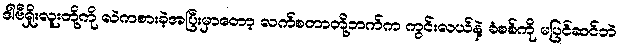
ဒါဗီရှိုးလူးတို့ကို လဲကစားခဲ့အပြီးမှာတော့ လက်စတာတို့ဘက်က ကွင်းလယ်နဲ့ ခံစစ်ကို မပြင်ဆင်ဘဲ